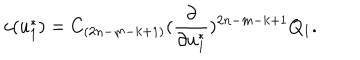
c ( u _ { 1 } ^ { * } ) = C _ { ( 2 n - m - k + 1 ) } ( { \frac { \partial } { \partial u _ { 1 } ^ { * } } } ) ^ { 2 n - m - k + 1 } Q _ { 1 } .